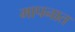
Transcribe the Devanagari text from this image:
मापनात